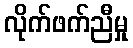
လိုက်ဖက်ညီမှု